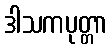
ဒါသကပုတ္တာ